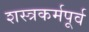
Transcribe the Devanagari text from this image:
शस्त्रकर्मपूर्व